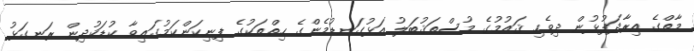
މާތްގެ އިރާދަފުޅުން ދިވެހި ޤައުމުގެ މުސްތަޤުބަލު އަޅުގަނޑުމެންގެ ހިތްތަކުގެ ފިނިކަންކަމުގައިވާ ކުޑަކުދިން ރަނގަޅު